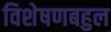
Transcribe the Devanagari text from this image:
विशेषणबहुल